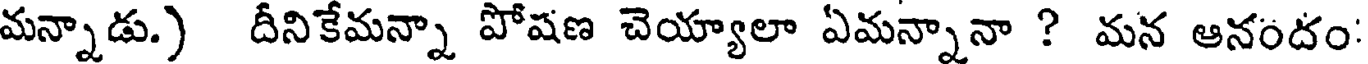
మన్నాడు.) దీనికేమన్నా పోషణ చెయ్యాలా ఏమన్నానా ? మన ఆనందం